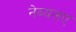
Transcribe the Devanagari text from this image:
नेब्यलए